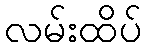
လမ်းထိပ်